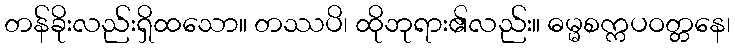
တန်ခိုးလည်းရှိထသော။ တဿပိ၊ ထိုဘုရား၏လည်း။ ဓမ္မစက္ကပဝတ္တနေ၊